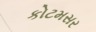
કોટમસર